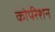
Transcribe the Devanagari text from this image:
कोर्परेशन